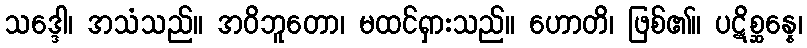
သဒ္ဒေါ၊ အသံသည်။ အဝိဘူတော၊ မထင်ရှားသည်။ ဟောတိ၊ ဖြစ်၏။ ပဋိစ္ဆန္နေ၊